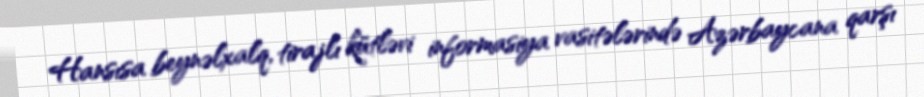
Hansısa beynəlxalq, tirajlı kütləvi informasiya vasitələrində Azərbaycana qarşı